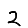
Digit: 2